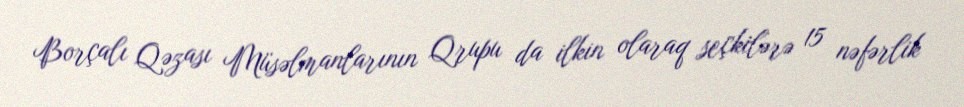
Borçalı Qəzası Müsəlmanlarının Qrupu da ilkin olaraq seçkilərə 15 nəfərlik